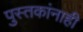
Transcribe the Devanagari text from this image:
पुस्तकांनाही